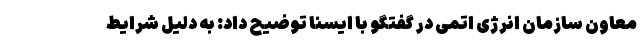
معاون سازمان انرژی اتمی در گفتگو با ایسنا توضیح داد: به دلیل شرایط